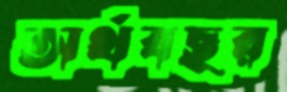
অর্থবছর